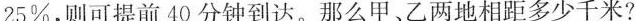
25%，则可提前40分钟到达。那么甲、乙两地相距多少千米?